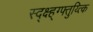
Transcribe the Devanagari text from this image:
स्द्क्ष्ह्ग्फ्तुय्त्कि